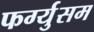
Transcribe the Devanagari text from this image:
फर्ग्युसम